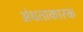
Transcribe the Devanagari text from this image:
अंधताकारक